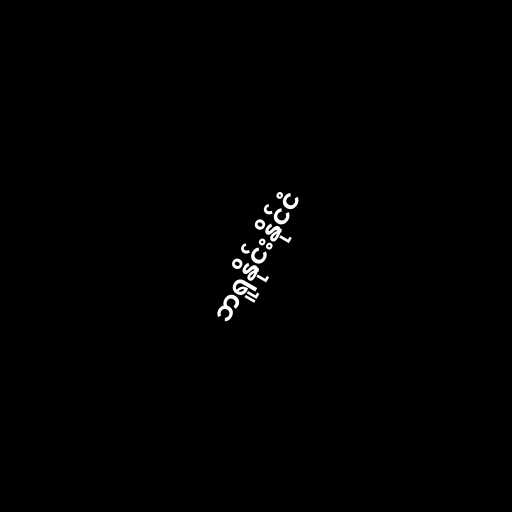
ဘရူနိုင်းနိုင်ငံ